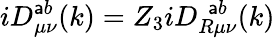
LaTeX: iD_{\mu\nu}^{\mathsf{a}b}(k)=Z_{3}iD_{R\mu\nu}^{~~\mathsf{a}b}(k)